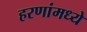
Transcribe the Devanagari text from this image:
हरणांमध्ये